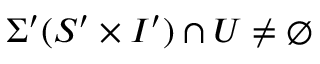
\Sigma ^ { \prime } ( S ^ { \prime } \times I ^ { \prime } ) \cap U \neq \emptyset